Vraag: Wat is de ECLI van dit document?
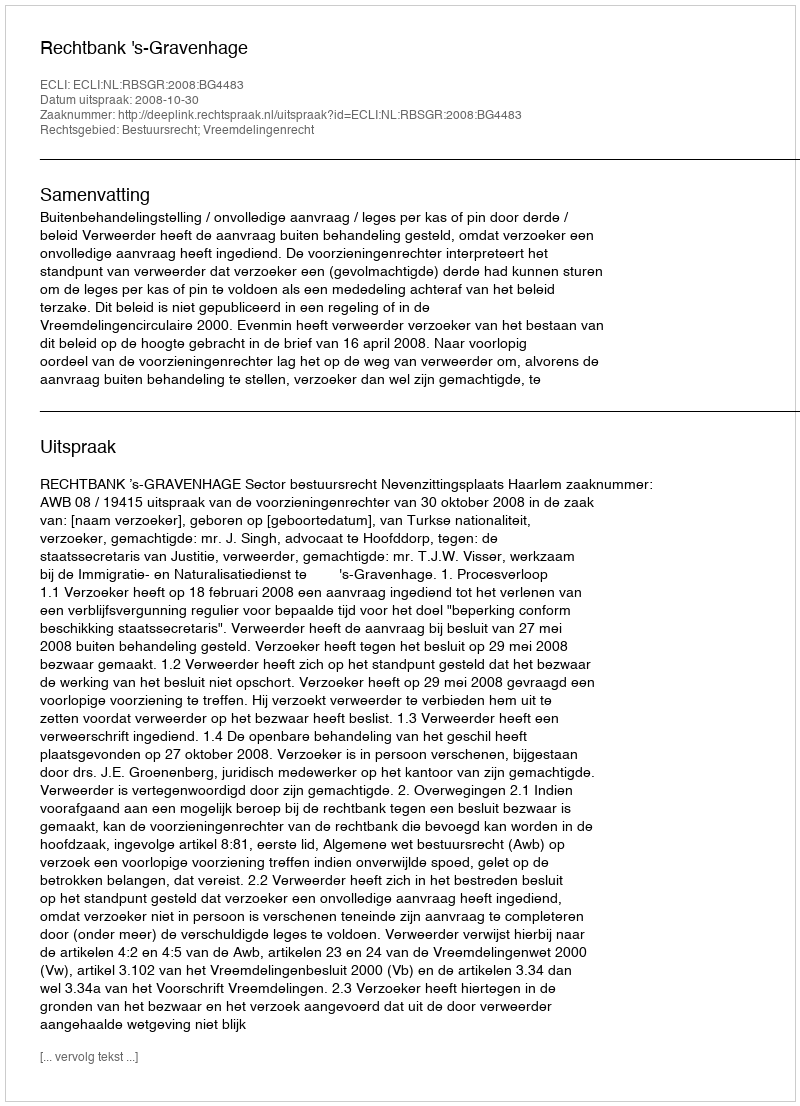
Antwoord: ECLI:NL:RBSGR:2008:BG4483